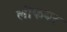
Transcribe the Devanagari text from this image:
लीफबर